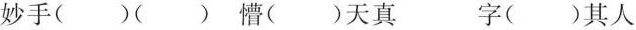
妙手()()懵()天真 字()其人